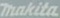
makita